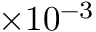
\times 1 0 ^ { - 3 }